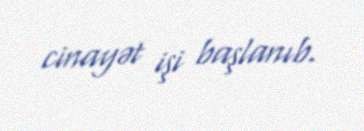
cinayət işi başlanıb.